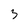
Character: 3